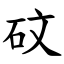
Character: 砇